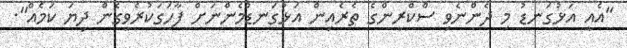
"އެއީ އަޅުގަނޑު މި ދެންނެވި ސްކްރީންގެ ތެރެއިން އަޅުގަނޑުމެންނަށް ފާހަގަކުރެވިގެން ދިޔަ ކަމެއް".